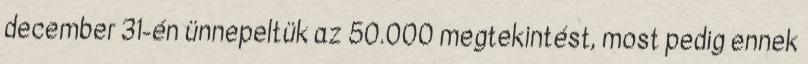
december 31-én ünnepeltük az 50.000 megtekintést, most pedig ennek